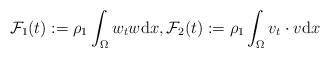
\begin{align*}\mathcal{F}_{1}(t) := \rho_{1} \int_{\Omega} w_{t} w \mathrm{d} x, \mathcal{F}_{2}(t) := \rho_{1} \int_{\Omega} v_{t} \cdot v \mathrm{d} x \end{align*}